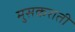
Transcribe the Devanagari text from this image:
मुसकराती